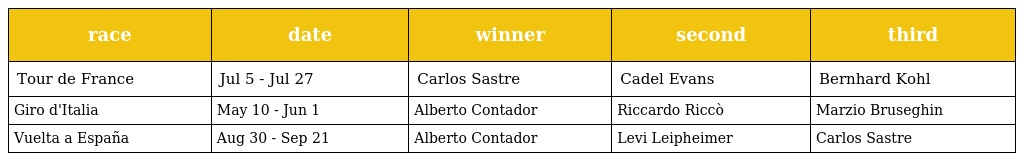
| race | date | winner | second | third |
 | --- | --- | --- | --- | --- |
 | Tour de France | Jul 5 - Jul 27 | Carlos Sastre | Cadel Evans | Bernhard Kohl |
 | Giro d'Italia | May 10 - Jun 1 | Alberto Contador | Riccardo Riccò | Marzio Bruseghin |
 | Vuelta a España | Aug 30 - Sep 21 | Alberto Contador | Levi Leipheimer | Carlos Sastre |